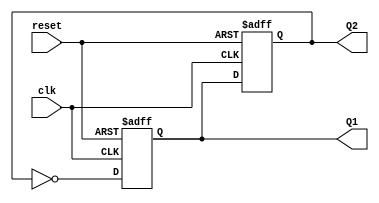
module dual_stage_johnson_counter (
    input wire clk,          // Clock input
    input wire reset,        // Asynchronous reset input
    output reg Q1,          // Output of the first flip-flop
    output reg Q2           // Output of the second flip-flop
);

// Always block for the counter operation
always @(posedge clk or posedge reset) begin
    if (reset) begin
        // Asynchronous reset: set both outputs to 0
        Q1 <= 1'b0;
        Q2 <= 1'b0;
    end else begin
        // Johnson counter logic
        Q1 <= ~Q2;         // D1 is connected to the inverted output of Q2
        Q2 <= Q1;          // D2 is connected to Q1
    end
end

endmodule